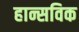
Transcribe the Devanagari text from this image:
हान्सविक